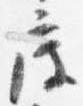
度